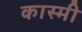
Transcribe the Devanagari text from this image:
कास्‍मी